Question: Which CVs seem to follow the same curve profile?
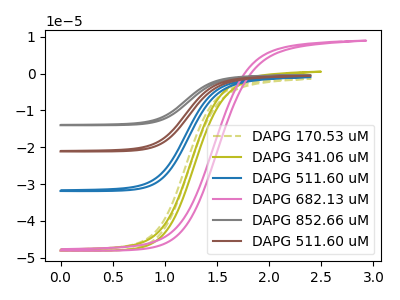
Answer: <think>The olive dashed curve "DAPG 170.53 uM" has no peaks. The olive curve "DAPG 341.06 uM" has no peaks. The blue curve "DAPG 511.60 uM" has no peaks. The pink curve "DAPG 682.13 uM" has no peaks. The gray curve "DAPG 852.66 uM" has no peaks. The brown curve "DAPG 511.60 uM" has no peaks.
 Neither "DAPG 170.53 uM" or "DAPG 341.06 uM" have any peaks. Neither "DAPG 170.53 uM" or "DAPG 511.60 uM" have any peaks. Neither "DAPG 170.53 uM" or "DAPG 682.13 uM" have any peaks. Neither "DAPG 170.53 uM" or "DAPG 852.66 uM" have any peaks. Neither "DAPG 170.53 uM" or "DAPG 511.60 uM" have any peaks. Neither "DAPG 341.06 uM" or "DAPG 511.60 uM" have any peaks. Neither "DAPG 341.06 uM" or "DAPG 682.13 uM" have any peaks. Neither "DAPG 341.06 uM" or "DAPG 852.66 uM" have any peaks. Neither "DAPG 341.06 uM" or "DAPG 511.60 uM" have any peaks. Neither "DAPG 511.60 uM" or "DAPG 682.13 uM" have any peaks. Neither "DAPG 511.60 uM" or "DAPG 852.66 uM" have any peaks. Neither "DAPG 511.60 uM" or "DAPG 511.60 uM" have any peaks. Neither "DAPG 682.13 uM" or "DAPG 852.66 uM" have any peaks. Neither "DAPG 682.13 uM" or "DAPG 511.60 uM" have any peaks. Neither "DAPG 852.66 uM" or "DAPG 511.60 uM" have any peaks.</think>
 <answer>"DAPG 170.53 uM", "DAPG 341.06 uM", "DAPG 511.60 uM", "DAPG 682.13 uM", "DAPG 852.66 uM" and "DAPG 511.60 uM" have the same shape and are likely CV's of the same chemical.</answer>
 <eval>"DAPG 170.53 uM" "DAPG 341.06 uM" "DAPG 511.60 uM" "DAPG 682.13 uM" "DAPG 852.66 uM" "DAPG 511.60 uM"</eval>